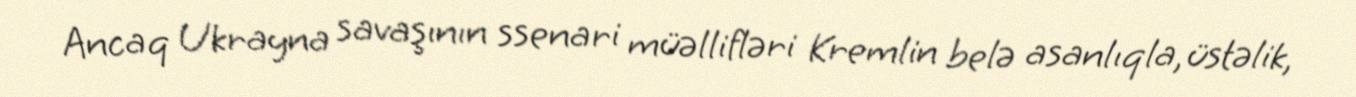
Ancaq Ukrayna savaşının ssenari müəllifləri Kremlin belə asanlıqla, üstəlik,